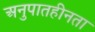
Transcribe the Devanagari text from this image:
अनुपातहीनता